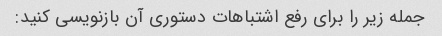
جمله زیر را برای رفع اشتباهات دستوری آن بازنویسی کنید: